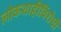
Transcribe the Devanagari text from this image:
लोकशाहीविरोधी